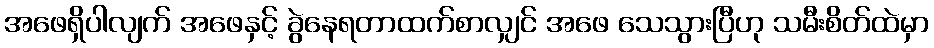
အဖေရှိပါလျက် အဖေနှင့် ခွဲနေရတာထက်စာလျှင် အဖေ သေသွားပြီဟု သမီးစိတ်ထဲမှာ